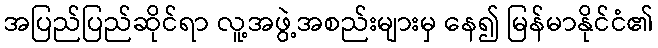
အပြည်ပြည်ဆိုင်ရာ လူ့အဖွဲ့အစည်းများမှ နေ၍ မြန်မာနိုင်ငံ၏